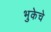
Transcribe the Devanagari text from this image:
भुकेचे